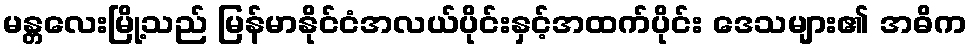
မန္တလေးမြို့သည် မြန်မာနိုင်ငံအလယ်ပိုင်းနှင့်အထက်ပိုင်း ဒေသများ၏ အဓိက